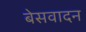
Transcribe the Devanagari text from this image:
बेसवादन